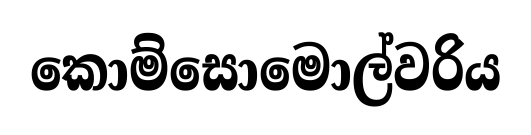
කොම්සොමොල්වරිය